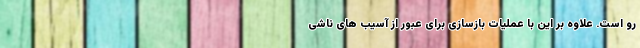
رو است. علاوه بر این با عملیات بازسازی برای عبور از آسیب های ناشی